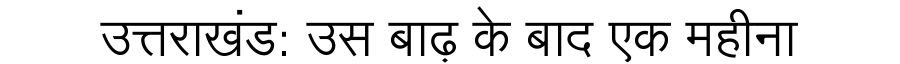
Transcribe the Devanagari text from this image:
उत्तराखंड: उस बाढ़ के बाद एक महीना